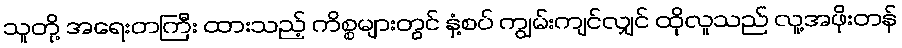
သူတို့ အရေးတကြီး ထားသည့် ကိစ္စများတွင် နှံ့စပ် ကျွမ်းကျင်လျှင် ထိုလူသည် လူ့အဖိုးတန်